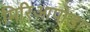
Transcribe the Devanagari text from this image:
मिरिआपोडा